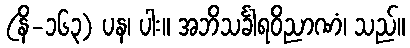
(နိ-၁၆၃) ပန၊ ပါး။ အဘိသင်္ခါရဝိညာဏံ၊ သည်။